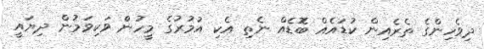
ދިވެހިންގެ ތެރެއިން ކުޑައެއް ބޮޮޑެއް ނެތި އެކި އުމުރުގެ މީހުންް ވަކިވަމުން ދިޔައީ